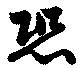
恐